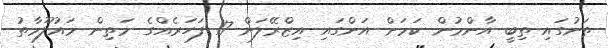
ތަނުގައި ތިބީ އާންމުން ކަމަށް އަންގައި އިޒްރޭލަށް 17 ފަހަރެއްގެ މަތިން މައުލޫމާތު